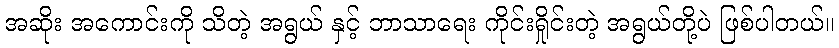
အဆိုး အကောင်းကို သိတဲ့ အရွယ် နှင့် ဘာသာရေး ကိုင်းရှိုင်းတဲ့ အရွယ်တို့ပဲ ဖြစ်ပါတယ်။